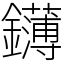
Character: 鑮